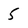
Character: 5